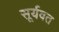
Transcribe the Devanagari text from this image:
सूर्यवत